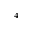
^ { 4 }